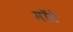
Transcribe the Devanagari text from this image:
मॉटे